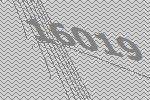
16019